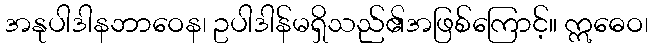
အနုပါဒါနဘာဝေန၊ ဥပါဒါန်မရှိသည်၏အဖြစ်ကြောင့်။ ဣဓေဝ၊